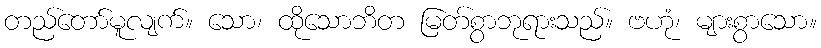
တည်တော်မူလျက်။ သော၊ ထိုသောဘိတ မြတ်စွာဘုရားသည်။ ဗဟုံ၊ များစွာသော။